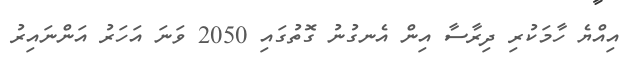
އިއްޔެ ހާމަކުރި ދިރާސާ އިން އެނގުނު ގޮތުގައި 2050 ވަނަ އަހަރު އަންނައިރު